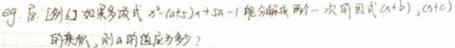
eg. 原创 如果多项式$x^{2}+(a+1)x+3a - 1$能分解成两个一次因式$(x + b)$，$(x + c)$的乘积，则$a$的值应为多少？